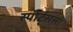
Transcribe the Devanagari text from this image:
स्पोर्ट्सला